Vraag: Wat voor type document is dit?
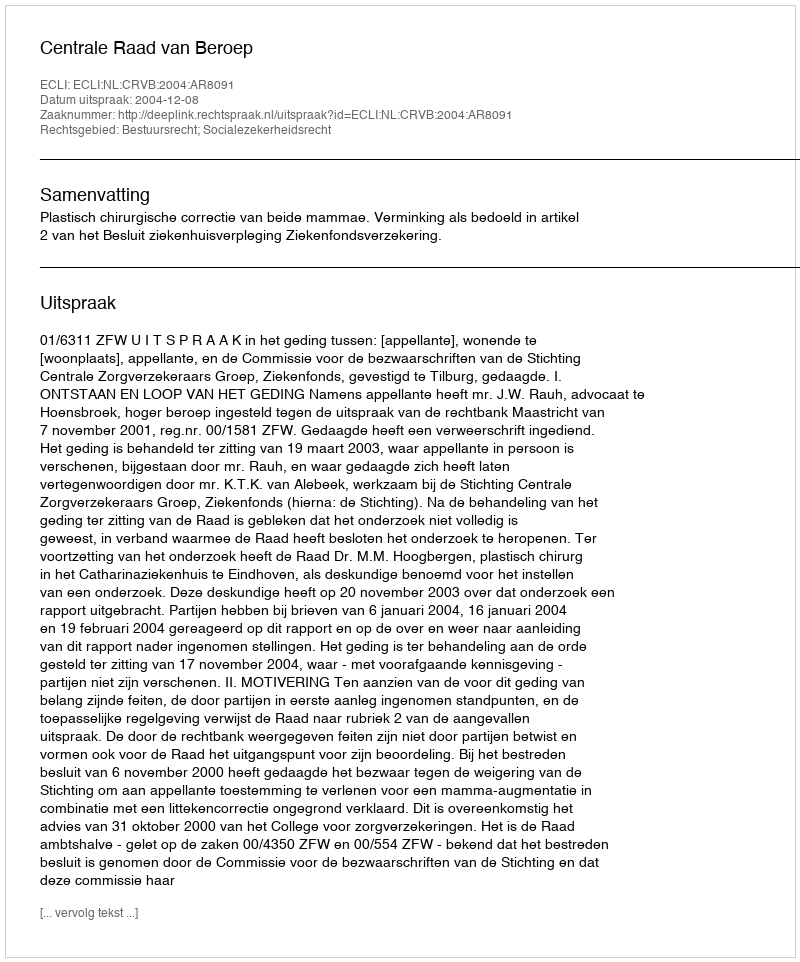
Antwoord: Uitspraak